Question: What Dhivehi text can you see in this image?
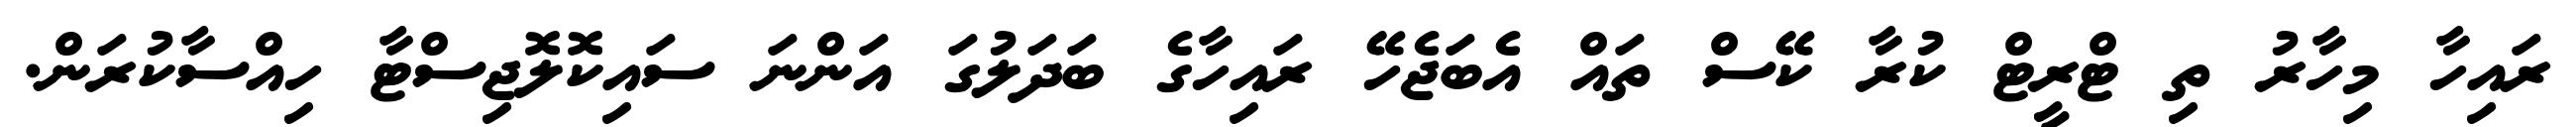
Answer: ރައިހާ މިހާރު ތި ޓްރީޓް ކުރާ ކޭސް ތައް އެބަޖެހޭ ރައިހާގެ ބަދަލުގަ އަންނަ ސައިކޮލޮޖިސްޓާ ހިއްސާކުރަން.